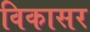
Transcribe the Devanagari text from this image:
विकासर